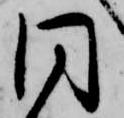
同